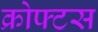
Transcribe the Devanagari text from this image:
क्रोफ्टस